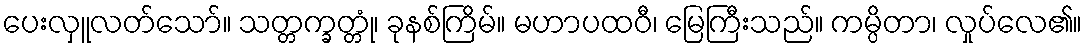
ပေးလှူလတ်သော်။ သတ္တက္ခတ္တုံ၊ ခုနစ်ကြိမ်။ မဟာပထဝီ၊ မြေကြီးသည်။ ကမ္ပိတာ၊ လှုပ်လေ၏။